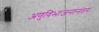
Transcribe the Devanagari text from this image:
अणुविभाजनांनंतर